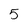
Character: 5